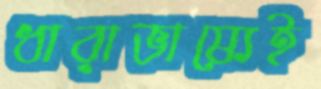
ধারাভাষ্যেই